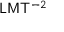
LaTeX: { \mathsf { L } } { \mathsf { M } } { \mathsf { T } } ^ { - 2 }